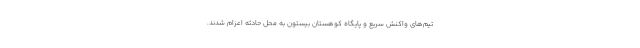
تیم‌های واکنش سریع و پایگاه کوهستان بیستون به محل حادثه اعزام شدند.